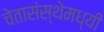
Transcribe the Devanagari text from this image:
चेतासंस्थेमध्यी